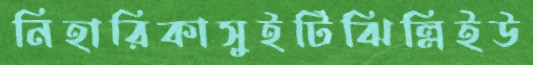
নিহারিকাসুইটিঝিল্লিইউ